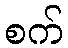
စက်